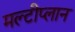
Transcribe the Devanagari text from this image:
मल्टीप्लान